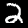
Label: 2